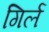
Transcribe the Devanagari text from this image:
गिर्ल